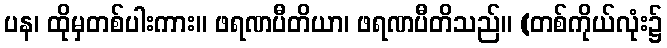
ပန၊ ထိုမှတစ်ပါးကား။ ဖရဏပီတိယာ၊ ဖရဏပီတိသည်။ (တစ်ကိုယ်လုံး၌